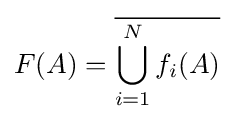
F(A)={\overline {\bigcup _{i=1}^{N}f_{i}(A)}}